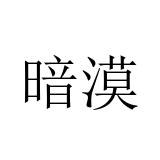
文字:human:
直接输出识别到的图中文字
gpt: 暗漠